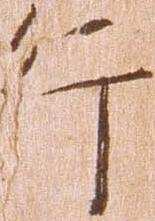
行